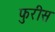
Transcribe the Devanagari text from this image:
फुरीस